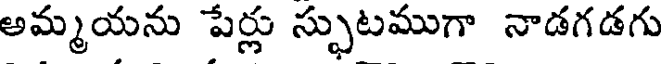
అమ్మయను పేర్లు స్ఫుటముగా నాడగడగు